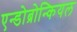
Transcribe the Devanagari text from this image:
एन्डोब्रोन्कियल